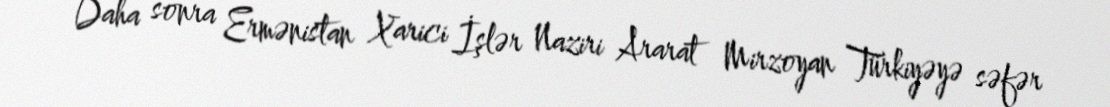
Daha sonra Ermənistan Xarici İşlər Naziri Ararat Mirzoyan Türkiyəyə səfər